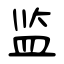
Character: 监